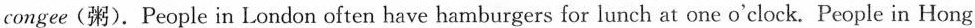
congee (粥).People in London often have hamburgers for lunch at one o^{\prime} clock. People in Hong